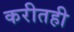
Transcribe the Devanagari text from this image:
करीतही